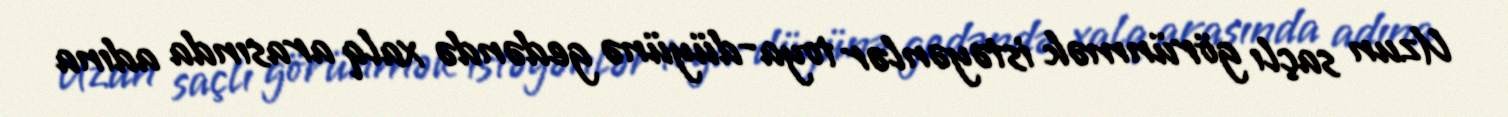
Uzun saçlı görünmək istəyənlər toya-düyünə gedəndə xalq arasında adına